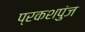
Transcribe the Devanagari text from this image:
प्रकशपुंज